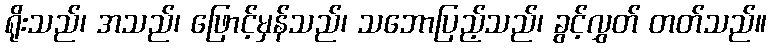
ရိုးသည်၊ အသည်၊ ဖြောင့်မှန်သည်၊ သဘောပြည့်သည်၊ ခွင့်လွှတ် တတ်သည်။